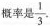
概率是\frac{1}{3}.